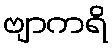
ဗျာကရိ